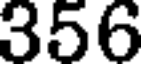
356